Paatsalu_vallavalitsus, lk 19
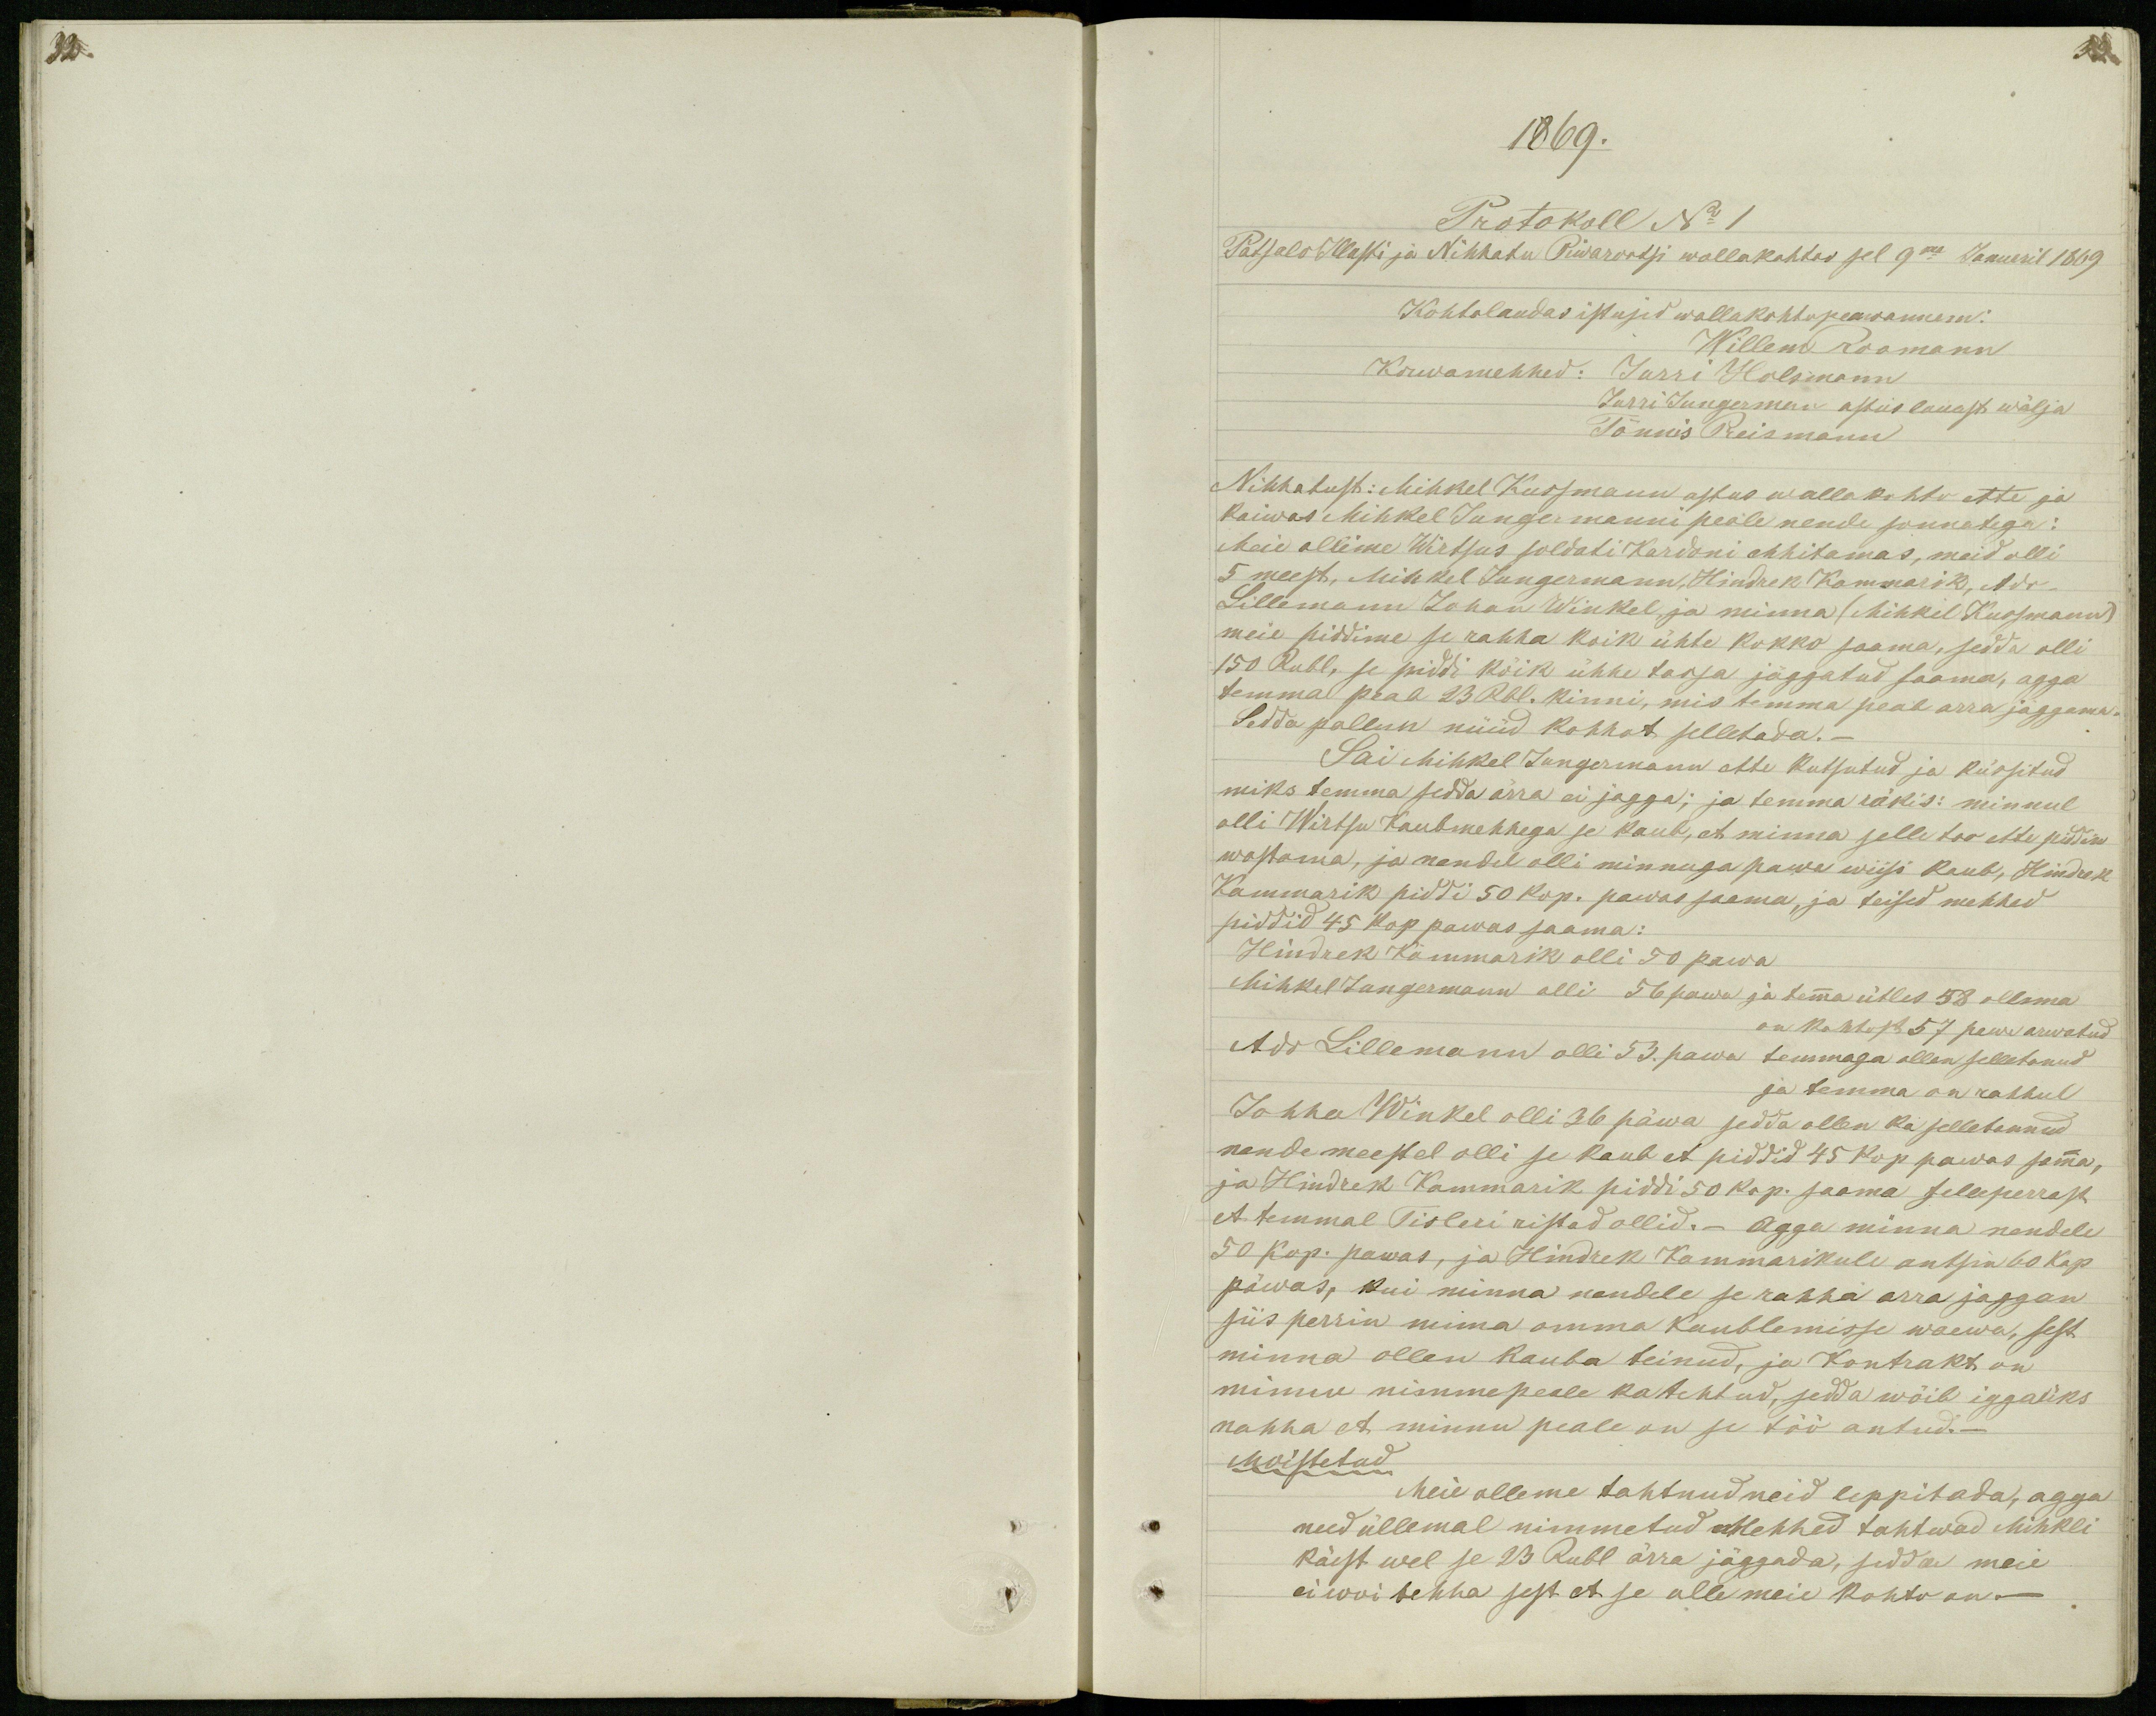
32
1869.
Protokoll No 1
Patsalo Illusti ja Nihhatu Piwarootsi wallakohtos sel 9ma Januaril 1869
Kohtolaudas istusid wallakohtopeawannem:
Willem Roomann
Korwamehhed: Jurri Holsmann
Jurri Jungerman astus lauast wälja
Tönnis Preismann
Nihhatust: Mihkel Kussmann astus wallakohto ette ja
kaiwas Mihkel Jungermanni peale nende sonnatega:
Meie ollime Wirtsus soldati Kardoni ehhitamas, meid olli
5 meest, Mihkel Jungermann, Hindrek Kammarik, Ado
Lillemann Johan Winkel, ja minna (Mihkel Kussmann)
meie piddime se rahha koik ühte kokko saama, sedda olli
150 Rubl, se piddi kõik ühhe tassa jäggatud saama, agga
temma peab 23 Rbl. kinni, mis temma peab arra jaggama.
Sedda pallun nüüd kohhot selletada._
Sai Mihkel Jungermann ette kutsutud ja küssitud
miks temma sedda ärra ei jagga; ja temma räkis: minnul
olli Wirtsu Kaubmehhega se kaub, et minna selle too ette piddin
wastama, ja nendel olli minnuga pawa wiisi kaub, Hindrek
Kammarik piddi 50 kop. pawas saama, ja teised mehhed
piddid 45 kop pawas saama:
Hindrek Kämmarik olli 50 päwa
Mihkel Jungermann olli 56 pawa ja temma ütles 58 ollema
on kohtost 57 pawa arwatud
Ado Lillemann olli 53. pawa temmaga ollen selletanud
ja temma on rahhul
Johha Winkel olli 36 päwa sedda ollen ka selletannud
nende meestel olli se kaub et piddid 45 kop pawas samma,
ja Hindrek Kammarik piddi 50 kop. saama selleperrast
et temmal Tisleri ristad ollid. _ Agga minna nendele
50 kop. pawas, ja Hindrek Kammarikule antsin 60 kop
päwas, kui minna nendele se rahha arra jaggan
siis perrin minna omma kaublemisse waewa, sest
minna ollen kauba teinud, ja Kontrakt on
minnu nimme peale ka tehtud, sedda wõib iggaüks
nahha et minnu peale on se töö antud._
Moistetud
Meie olleme tahtnud neid leppitada, agga
need üllemal nimmetud Mehhed tahtwad Mihkli
käest wel se 23 Rubl ärra jäggada, sedda meie
ei woi tehha sest et se ulle meie kohto on._